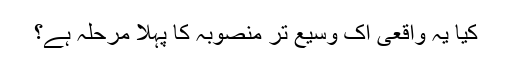
کیا یہ واقعی اک وسیع تر منصوبہ کا پہلا مرحلہ ہے؟